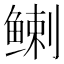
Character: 𬶟